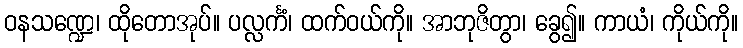
ဝနသဏ္ဍေ၊ ထိုတောအုပ်။ ပလ္လင်္ကံ၊ ထက်ဝယ်ကို။ အာဘုဇိတွာ၊ ခွေ၍။ ကာယံ၊ ကိုယ်ကို။